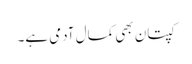
کپتان بھی کمال آدمی ہے۔